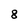
Character: 8